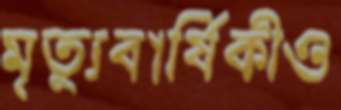
মৃত্যুবার্ষিকীও